Annual administration report of the Civil Veterinary Department of India - 1906-1907
Year: 1906
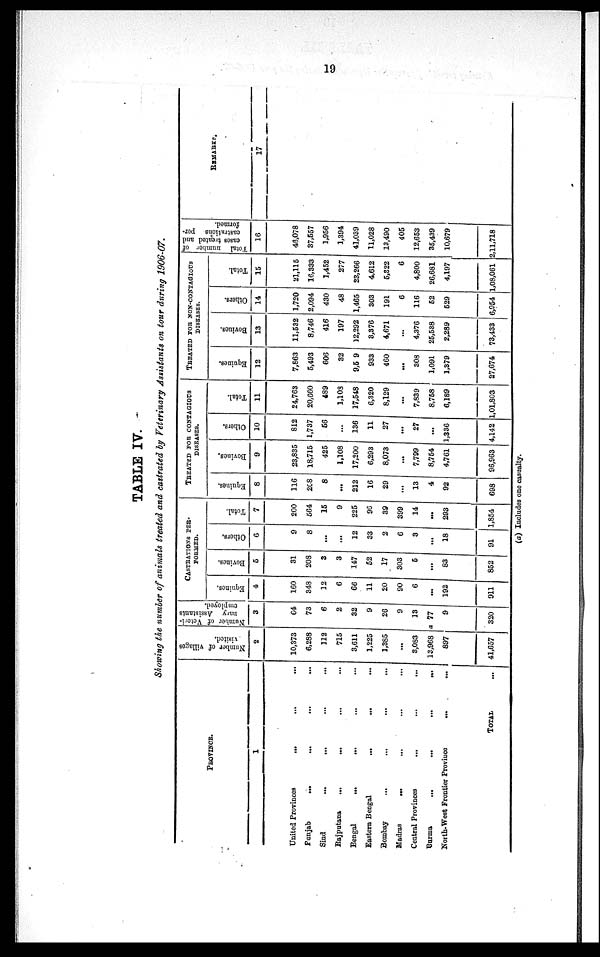
19
TABLE IV.
Showing the number of animals treated and castrated by Veterinary Assistants on tour during 1906-07.
PROVINCE.
1
United Provinces
...
...
...
Punjab
...
...
...
...
Sind ... ... ... ...
Rajputana
...
... ... ...
Bengal
...
... ... ...
Eastern Bengal
...
... ...
Bombay
... ... ... ...
Madras
... ... ... ...
Central Provinces
...
Burma
...
...
...
...
North-West Frontier Province
...
...
TOTAL ...
Number of villages
visited.
2
10,373
6,288
112
715
3,611
1,225
3,385
...
8,083
13,968
897
41,657
Number of Veteri-
nary Assistants
employed.
3
64
73
6
2
32
9
26
9
13
a 77
9
320
CASTRATIONS PER-
FORMED.
Equines.
4
160
348
12
6
66
11
20
90
6
...
192
911
Bovines.
5
31
208
3
3
147
52
17
303
5
...
83
852
Others.
6
9
8
...
...
12
33
2
6
3
...
18
91
Total.
7
200
564
15
9
225
96
39
399
14
...
293
1,854
TREATED FOR CONTAGIOUS
DISEASES.
Equines.
8
116
208
8
...
212
16
29
...
13
4
92
698
Bovines.
9
23,835
18,715
425
1,108
17,200
6,293
8,073
...
7,799
8,754
4,761
96,963
Others.
10
812
1,737
56
...
136
11
27
...
27
...
1,336
4,142
Total.
11
24,763
20,660
489
1,103
17,548
6,320
8,129
...
7,839
8,758
6,189
1,01,803
TREATED FOR NON-CONTAGIOUS
DISEASES.
Equines.
12
7,863
5,493
606
32
9,5 9
933
460
...
308
1,091
1,379
27,674
Bovines.
13
11,532
8,746
416
197
12,292
3,376
4,671
...
4,376
25,538
2,289
73,433
Others.
14
1,720
2,094
430
48
1,465
303
191
6
116
52
529
6,954
Total.
15
21,115
16,333
1,452
277
23,266
4,612
5,322
6
4,800
26,681
4,197
1,08,061
Total number of
cases treated and
castrations per-
formed.
16
48,078
37,557
1,956
1,394
41,039
11,028
13,490
405
12,653
35,439
10,679
2,11,718
REMARKS.
17
(a) Includes one casualty.